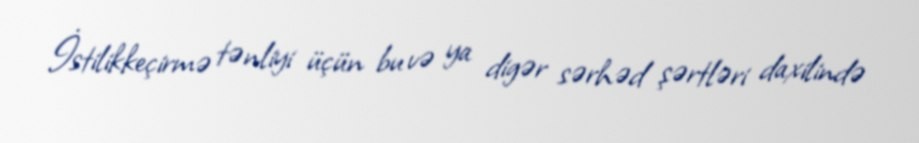
İstilikkeçirmə tənliyi üçün bu və ya digər sərhəd şərtləri daxilində